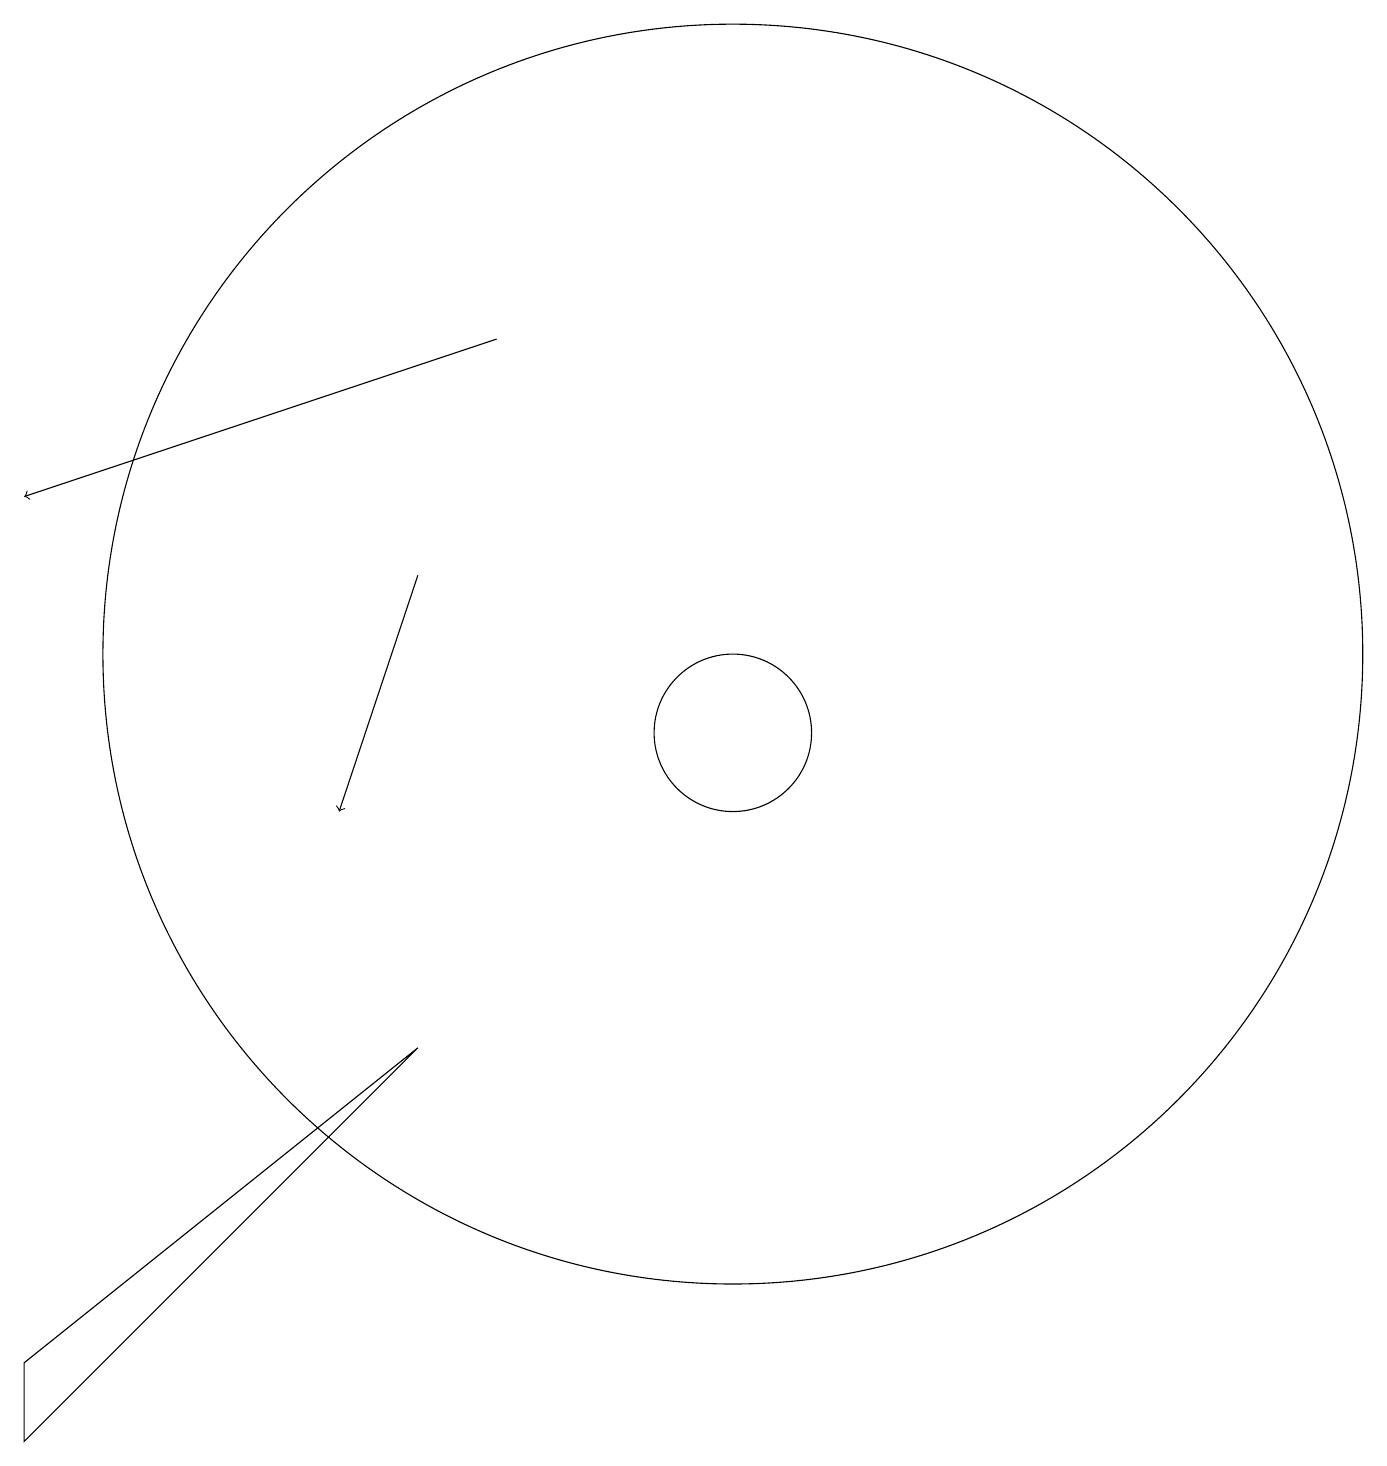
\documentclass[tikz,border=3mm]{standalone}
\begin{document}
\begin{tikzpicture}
\draw (10,12) circle (8);
\draw (10,11) circle (1);
\draw (1,3) -- (1,2) -- (6,7) -- cycle;
\draw[->] (7,16) -- (1,14);
\draw[->] (6,13) -- (5,10);
\draw (12,10) circle (0);
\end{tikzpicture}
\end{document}